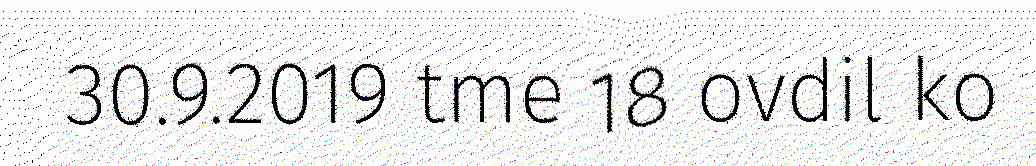
30.9.2019 tme 18 ovdil ko